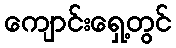
ကျောင်းရှေ့တွင်